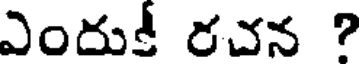
ఎందుకీ రచన ?